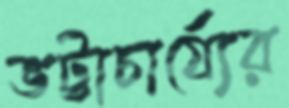
ভট্টাচার্য্যের